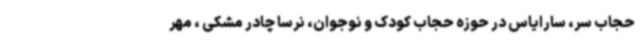
حجاب سر، سارایاس در حوزه حجاب کودک و نوجوان، نرسا چادر مشکی ، مهر